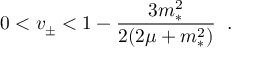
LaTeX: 0 < v _ { \pm } < 1 - \frac { 3 m _ { * } ^ { 2 } } { 2 ( 2 \mu + m _ { * } ^ { 2 } ) } \; \; .